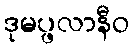
ဒုမပ္ဖလာနီဝ